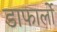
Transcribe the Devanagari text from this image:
डाफार्लो